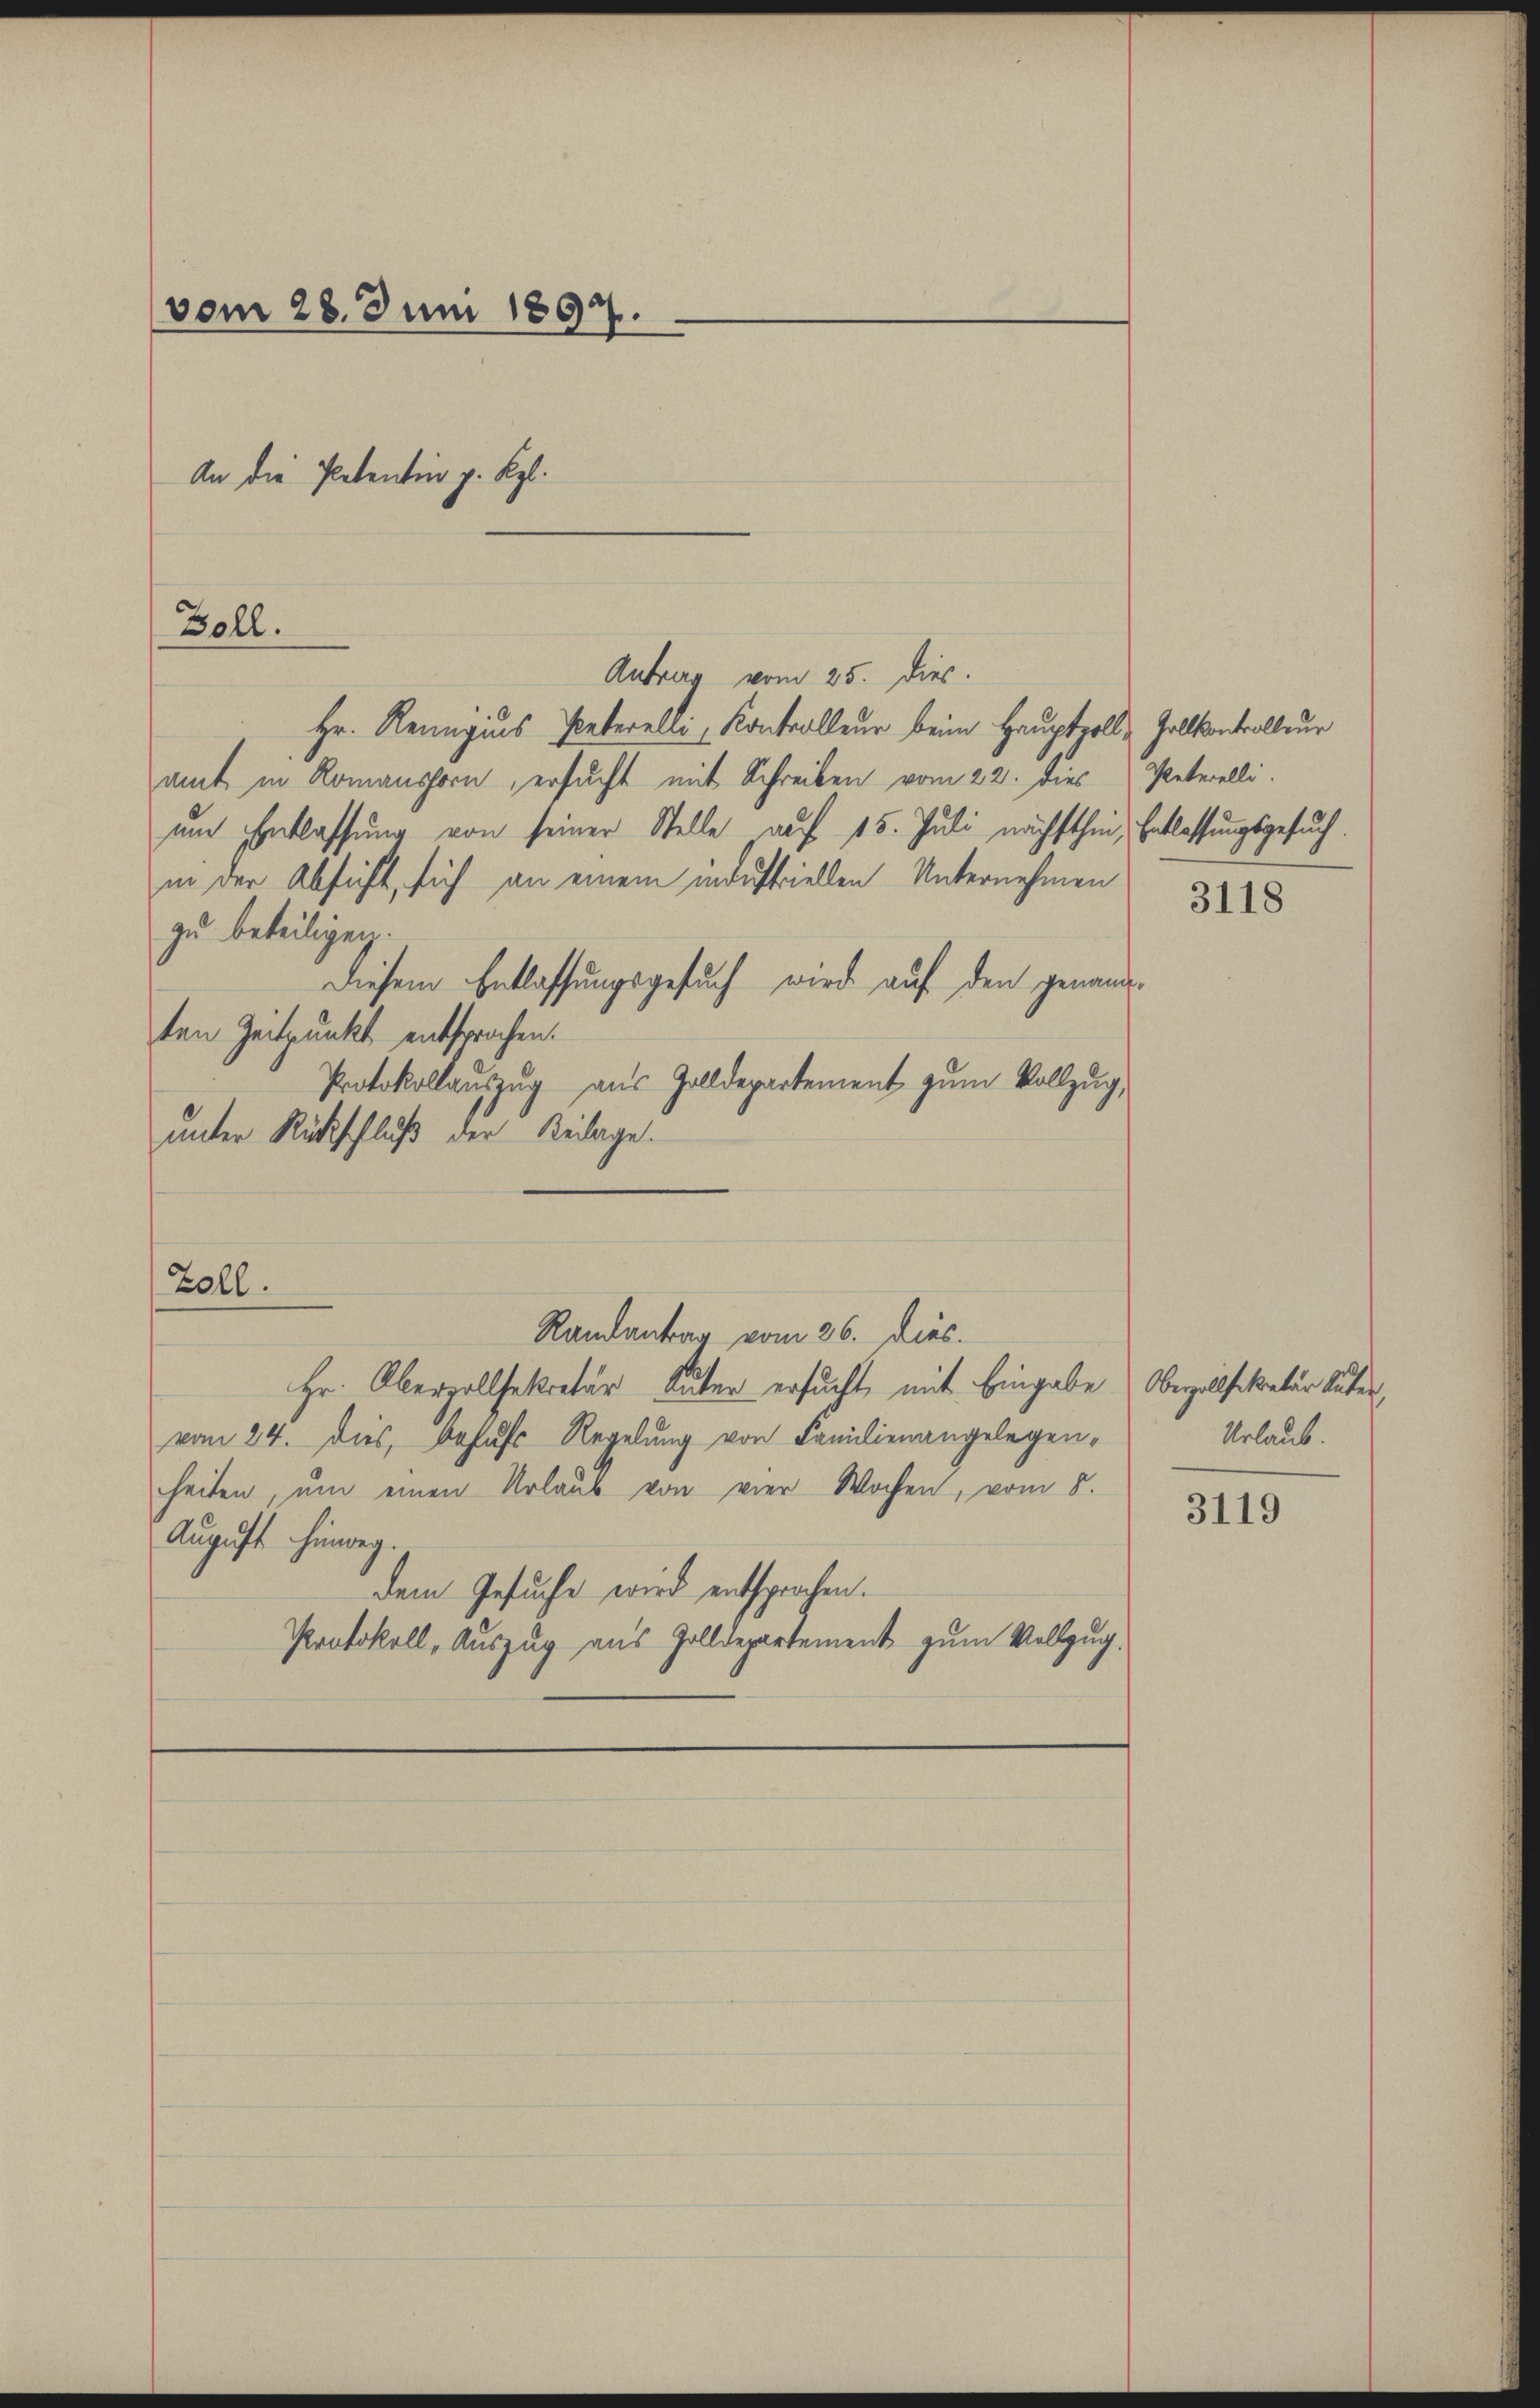
(vom 28. Juni 1897.

Antrag vom 25. dies.
Hr. Renngius Peterelli, Kontrolleur beim Hauptvoll-Zollkontrolleur
amt in Romanshorn, ersucht mit Schreiben vom 22. dies
um Entlassung von seiner Stelle auf 15. Juli nächsthin, Entlassungsgesuch.
in der Absicht, sich an einem industriellen Unternehmen 318
zu beteiligen.
Diesem Entlassungsgesuch wird auf den genannten Zeitpunkt entsprochen.
Protokollauszug aus Zolldepartement zum Vollzug,
unter Rückschluß der Beilage
Zoll.
Randantrag vom 26. dies.
Hr. Obervollsekretär Suter ersucht, mit Eingabe. Oberallfikatur tuten,
vom 24. Dies, behufs Regelung von Familienangelegenheiten, um einen Urlaub von vier Wochen, vom 8.
August hinweg.
dem Gesuche wird entsprochen.
Protokoll, Auszug aus Zolldepartement zum Vollzug.

Boll.

An die Petentin g. Kgl.

Peterelli

Urlaub.

3119